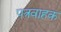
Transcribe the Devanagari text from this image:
पत्रवाहक